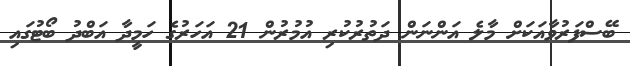
ބޭސްފަރުވާއަކަށް މާލެ އަންނަން ދަތުރުކުރި އުމުރުން 21 އަހަރުގެ ހަމީދާ އަބްދު ބޯޓުގައި